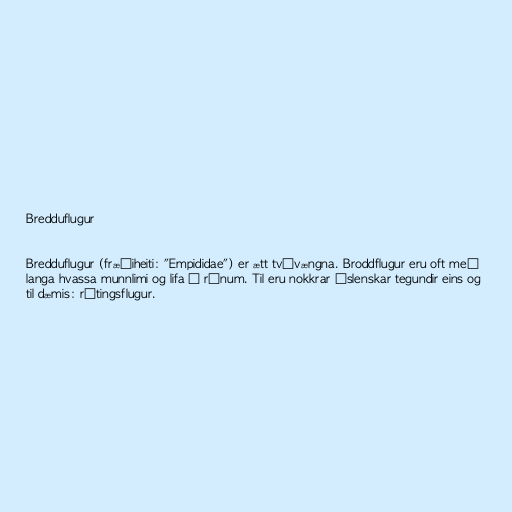
Bredduflugur

Bredduflugur (fræðiheiti: "Empididae") er ætt tvívængna. Broddflugur eru oft með
langa hvassa munnlimi og lifa á ránum. Til eru nokkrar íslenskar tegundir eins og
til dæmis: rýtingsflugur.